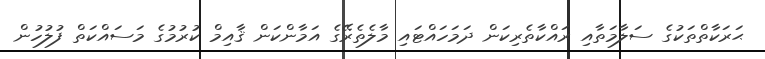
ޙަރަކާތްތަކުގެ ސަލާމަތާއި ރައްކާތެރިކަން ދަމަހައްޓައި މާލެތެރޭގެ އަމާންކަން ޤާއިމް ކުރުމުގެ މަސައްކަތް ފުލުހުން